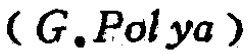
$(G.Polya)$